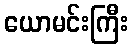
ယောမင်းကြီး